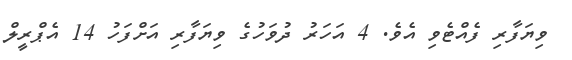
ވިޔަފާރި ފެއްޓެވި އެވެ. 4 އަހަރު ދުވަހުގެ ވިޔަފާރި އަށްފަހު 14 އެޕްރީލް